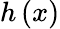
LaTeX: h\left(x\right)